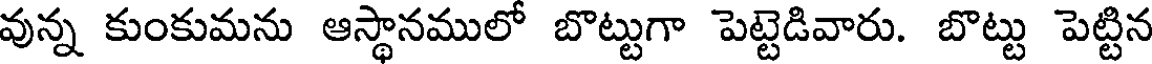
వున్న కుంకుమను ఆస్థానములో బొట్టుగా పెట్టెడివారు. బొట్టు పెట్టిన